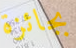
بجائزة